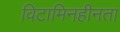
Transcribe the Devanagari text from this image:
विटामिनहीनता